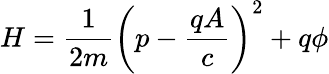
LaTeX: H={\frac{1}{2m}}\left(p-{\frac{qA}{c}}\right)^{2}+q\phi